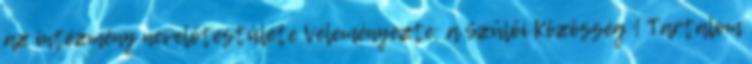
az intézmény nevelőtestülete Véleményezte: a Szülői Közösség 1 Tartalom